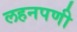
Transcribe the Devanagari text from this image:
लहनपणी